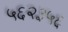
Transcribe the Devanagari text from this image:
५६२३५६